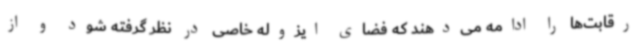
رقابت‌ها را ادامه می‌دهند که فضای ایزوله خاصی در نظر گرفته شود و از